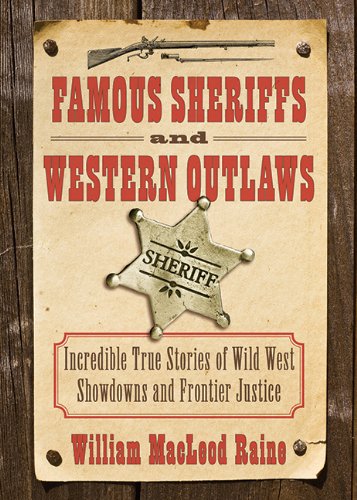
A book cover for Famous Sheriffs and Western Outlaws: Incredible True Stories of Wild West Showdowns and Frontier Justice; William MacLeod Raine; Biographies & Memoirs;